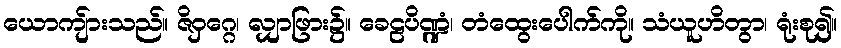
ယောကျ်ားသည်။ ဇိဝှဂ္ဂေ၊ လျှာဖြား၌။ ခေဠပိဏ္ဍံ၊ တံထွေးပေါက်ကို။ သံယူဟိတွာ၊ ရုံးစု၍။